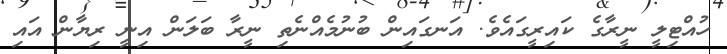
ހުއްޓިލީ ނީރާގެ ކައިރީގައެވެ. އަނގައިން ބުނުމެއްނެތި ނީރާ ބަލަން އިނީ ރިޔާން އައި